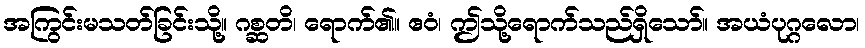
အကြွင်းမသတ်ခြင်းသို့။ ဂစ္ဆတိ၊ ရောက်၏။ ဧဝံ၊ ဤသို့ရောက်သည်ရှိသော်။ အယံပုဂ္ဂလော၊